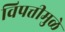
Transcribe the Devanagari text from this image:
विपत्तीमुळे